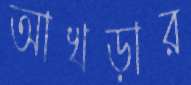
আখড়ার